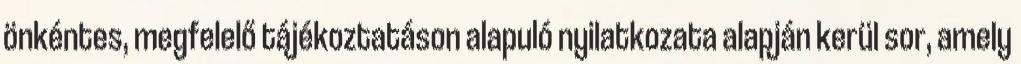
önkéntes, megfelelő tájékoztatáson alapuló nyilatkozata alapján kerül sor, amely